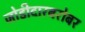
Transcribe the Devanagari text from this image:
जोडीदारबरोबर